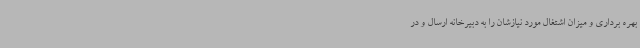
بهره برداری و میزان اشتغال مورد نیازشان را به دبیرخانه ارسال و در